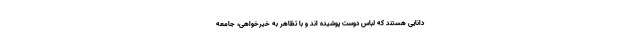
دانایی هستند که لباس دوست پوشیده اند و با تظاهر به خیرخواهی، جامعه